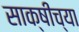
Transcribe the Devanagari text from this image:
साक्षीच्या